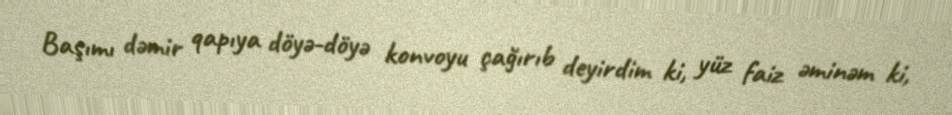
Başımı dəmir qapıya döyə-döyə konvoyu çağırıb deyirdim ki, yüz faiz əminəm ki,